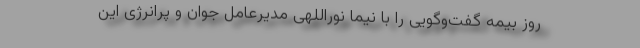
روز بیمه گفت‌وگویی را با نیما نوراللهی مدیرعامل جوان و پرانرژی این